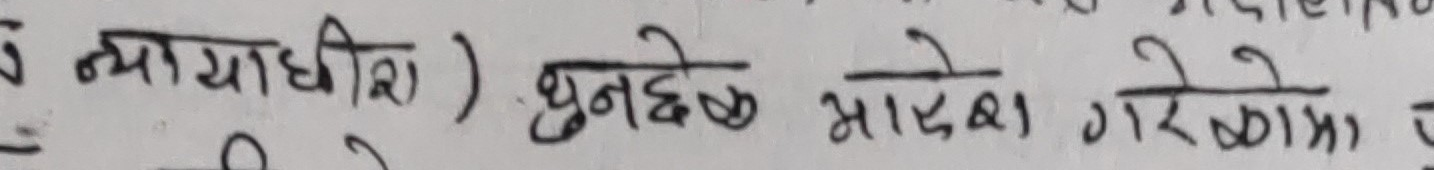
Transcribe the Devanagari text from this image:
न्यायाधीश ) धुनछे मादेखा गरेकोमा उ